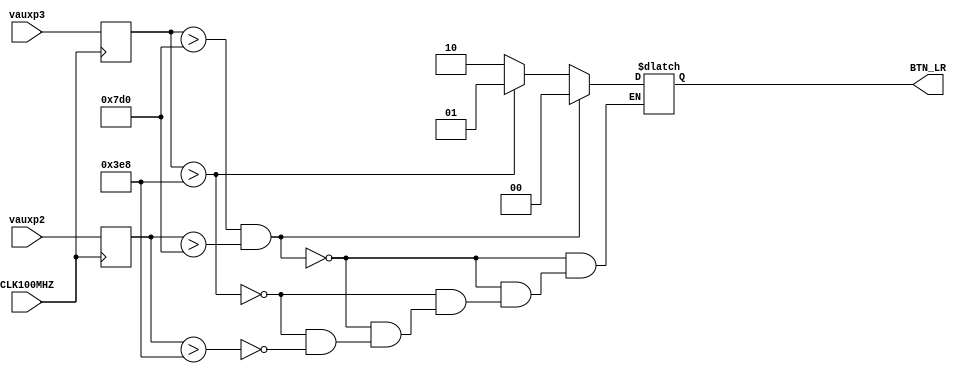
`timescale 1ns / 1ps
//////////////////////////////////////////////////////////////////////////////////
// Company: 
// Engineer: 
// 
// Design Name: 
// Module Name: analog2game
// Project Name: 
// Target Devices: 
// Tool Versions: 
// Description: 
// 
// Dependencies: 
// 
// Revision:
// Revision 0.01 - File Created
// Additional Comments:
// 
//////////////////////////////////////////////////////////////////////////////////


module analog2game(
    input wire CLK100MHZ,
    input wire [15:0]vauxp3,
    input wire [15:0]vauxp2,
    output reg [1:0]BTN_LR
    );
    
    reg [15:0]dataL;
    reg [15:0]dataR;
    
    
     always @ (posedge(CLK100MHZ))
         begin 
               dataL = vauxp3; // get singal from ADC module
               dataR = vauxp2; // get singal from ADC module
         end
     
     always@(*)
         begin
             if (dataL>2000 & dataR>2000) begin
                BTN_LR = 2'b00;
      //          LED = 2'b11;
                end
             else if (dataL>1000) begin
                BTN_LR = 2'b01;
    //            LED = 2'b01;
                end
              else if (dataR>1000) begin
                BTN_LR = 2'b10;
    //            LED = 2'b10;
                end
     end
     
endmodule